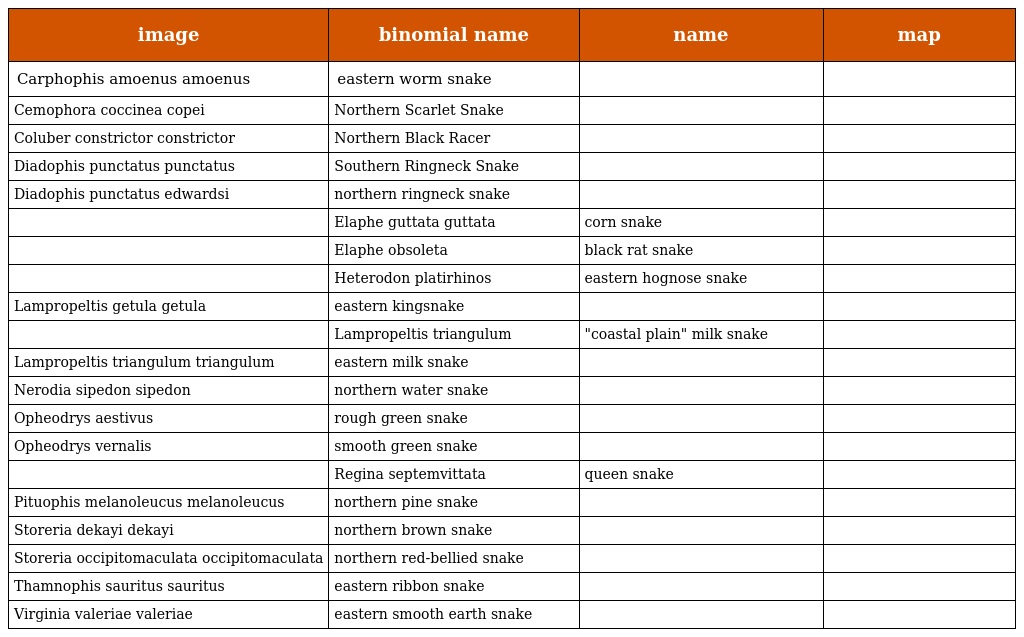
| image | binomial name | name | map |
 | --- | --- | --- | --- |
 | Carphophis amoenus amoenus | eastern worm snake |  |  |
 | Cemophora coccinea copei | Northern Scarlet Snake |  |  |
 | Coluber constrictor constrictor | Northern Black Racer |  |  |
 | Diadophis punctatus punctatus | Southern Ringneck Snake |  |  |
 | Diadophis punctatus edwardsi | northern ringneck snake |  |  |
 |  | Elaphe guttata guttata | corn snake |  |
 |  | Elaphe obsoleta | black rat snake |  |
 |  | Heterodon platirhinos | eastern hognose snake |  |
 | Lampropeltis getula getula | eastern kingsnake |  |  |
 |  | Lampropeltis triangulum | "coastal plain" milk snake |  |
 | Lampropeltis triangulum triangulum | eastern milk snake |  |  |
 | Nerodia sipedon sipedon | northern water snake |  |  |
 | Opheodrys aestivus | rough green snake |  |  |
 | Opheodrys vernalis | smooth green snake |  |  |
 |  | Regina septemvittata | queen snake |  |
 | Pituophis melanoleucus melanoleucus | northern pine snake |  |  |
 | Storeria dekayi dekayi | northern brown snake |  |  |
 | Storeria occipitomaculata occipitomaculata | northern red-bellied snake |  |  |
 | Thamnophis sauritus sauritus | eastern ribbon snake |  |  |
 | Virginia valeriae valeriae | eastern smooth earth snake |  |  |